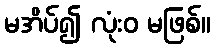
မအိပ်၍ လုံးဝ မဖြစ်။